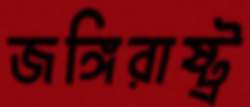
জঙ্গিরাষ্ট্র